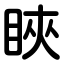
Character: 䀹